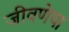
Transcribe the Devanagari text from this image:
जीवणेचा